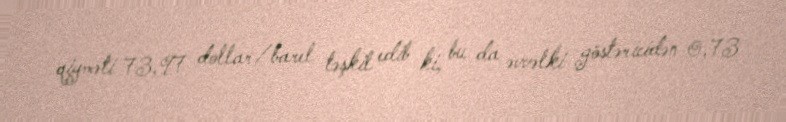
qiyməti 73,97 dollar/barel təşkil edib ki, bu da əvvəlki göstəricidən 0,73